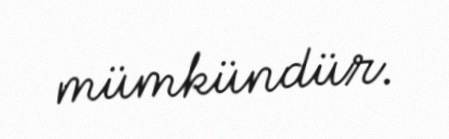
mümkündür.